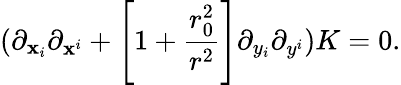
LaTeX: (\partial_{\mathbf{x}_{i}}\partial_{\mathbf{x}^{i}}+\left[1+{\frac{{r_{0}^{2}}}{{r^{2}}}}\right]\partial_{y_{i}}\partial_{y^{i}})K=0.